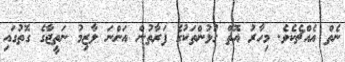
ނެތް އެއްޗެކެވެ. މިހާރު އޮތް ގުޅުންތަކުގެ ފަރާތުން އަންނަ ލާޒިމު ނަތީޖާގެ ގޮތުގައި